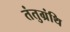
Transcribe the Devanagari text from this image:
तंतुग्रंथि